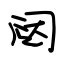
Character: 闼